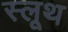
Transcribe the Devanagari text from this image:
स्लूथ